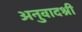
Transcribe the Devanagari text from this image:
अनुवादश्री